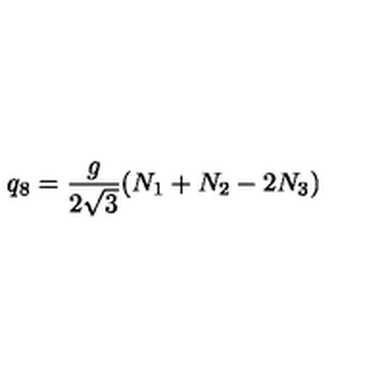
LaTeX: q _ { 8 } = { \frac { g } { 2 \sqrt { 3 } } } ( N _ { 1 } + N _ { 2 } - 2 N _ { 3 } )